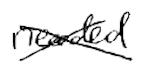
Text: needed
Cross-out: cross
Writing tool: digital_black